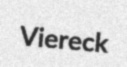
Viereck